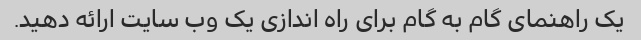
یک راهنمای گام به گام برای راه اندازی یک وب سایت ارائه دهید.